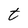
Character: t